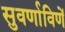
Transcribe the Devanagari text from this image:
सुवर्णाविणें